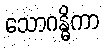
သောဂန္ဓိကာ